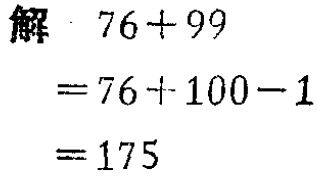
```
解 \(76 + 99\)
\(= 76+100 - 1\)
\(= 175\)
```